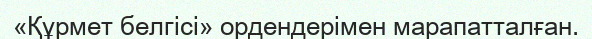
«Құрмет белгісі» ордендерімен марапатталған.